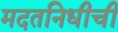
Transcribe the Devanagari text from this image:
मदतनिधीची